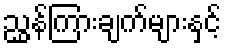
ညွှန်ကြားချက်များနှင့်